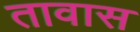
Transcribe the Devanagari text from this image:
तावास